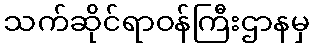
သက်ဆိုင်ရာဝန်ကြီးဌာနမှ